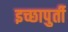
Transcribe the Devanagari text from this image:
इच्छापुर्ती